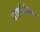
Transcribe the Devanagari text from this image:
डाइनैमिक्स